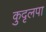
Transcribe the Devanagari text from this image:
कुदृलपा